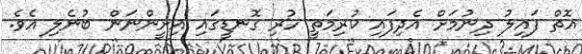
އޮތް ފައިލު ދިނުމަށް އެދިފައި ކުރިމަތީ ހުރި ގޮނޑީގައި އިށީންނަން ބުނެލި އެވެ.